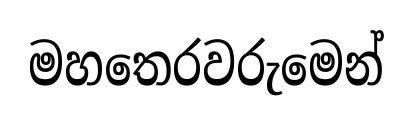
මහතෙරවරුමෙන්